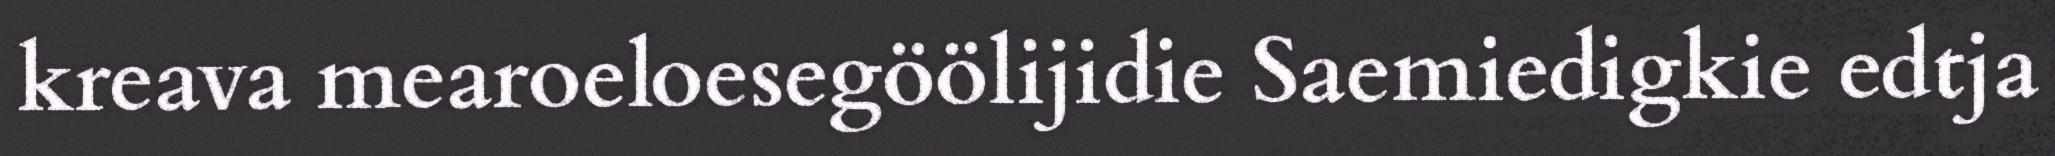
kreava mearoeloesegöölijidie Saemiedigkie edtja